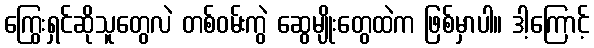
ကြွေးရှင်ဆိုသူတွေလဲ တစ်ဝမ်းကွဲ ဆွေမျိုးတွေထဲက ဖြစ်မှာပါ။ ဒါ့ကြောင့်